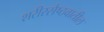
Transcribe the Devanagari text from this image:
शरीरसैष्ठवातील